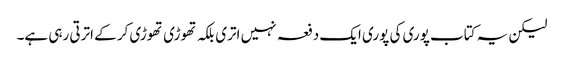
لیکن یہ کتاب پوری کی پوری ایک دفعہ نہیں اتری بلکہ تھوڑی تھوڑی کر کے اترتی رہی ہے۔